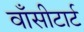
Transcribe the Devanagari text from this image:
वाँसीटार्ट